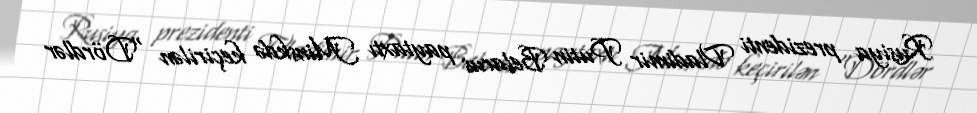
Rusiya prezidenti Vladimir Putin Belarus paytaxtı Minskdə keçirilən "Dördlər